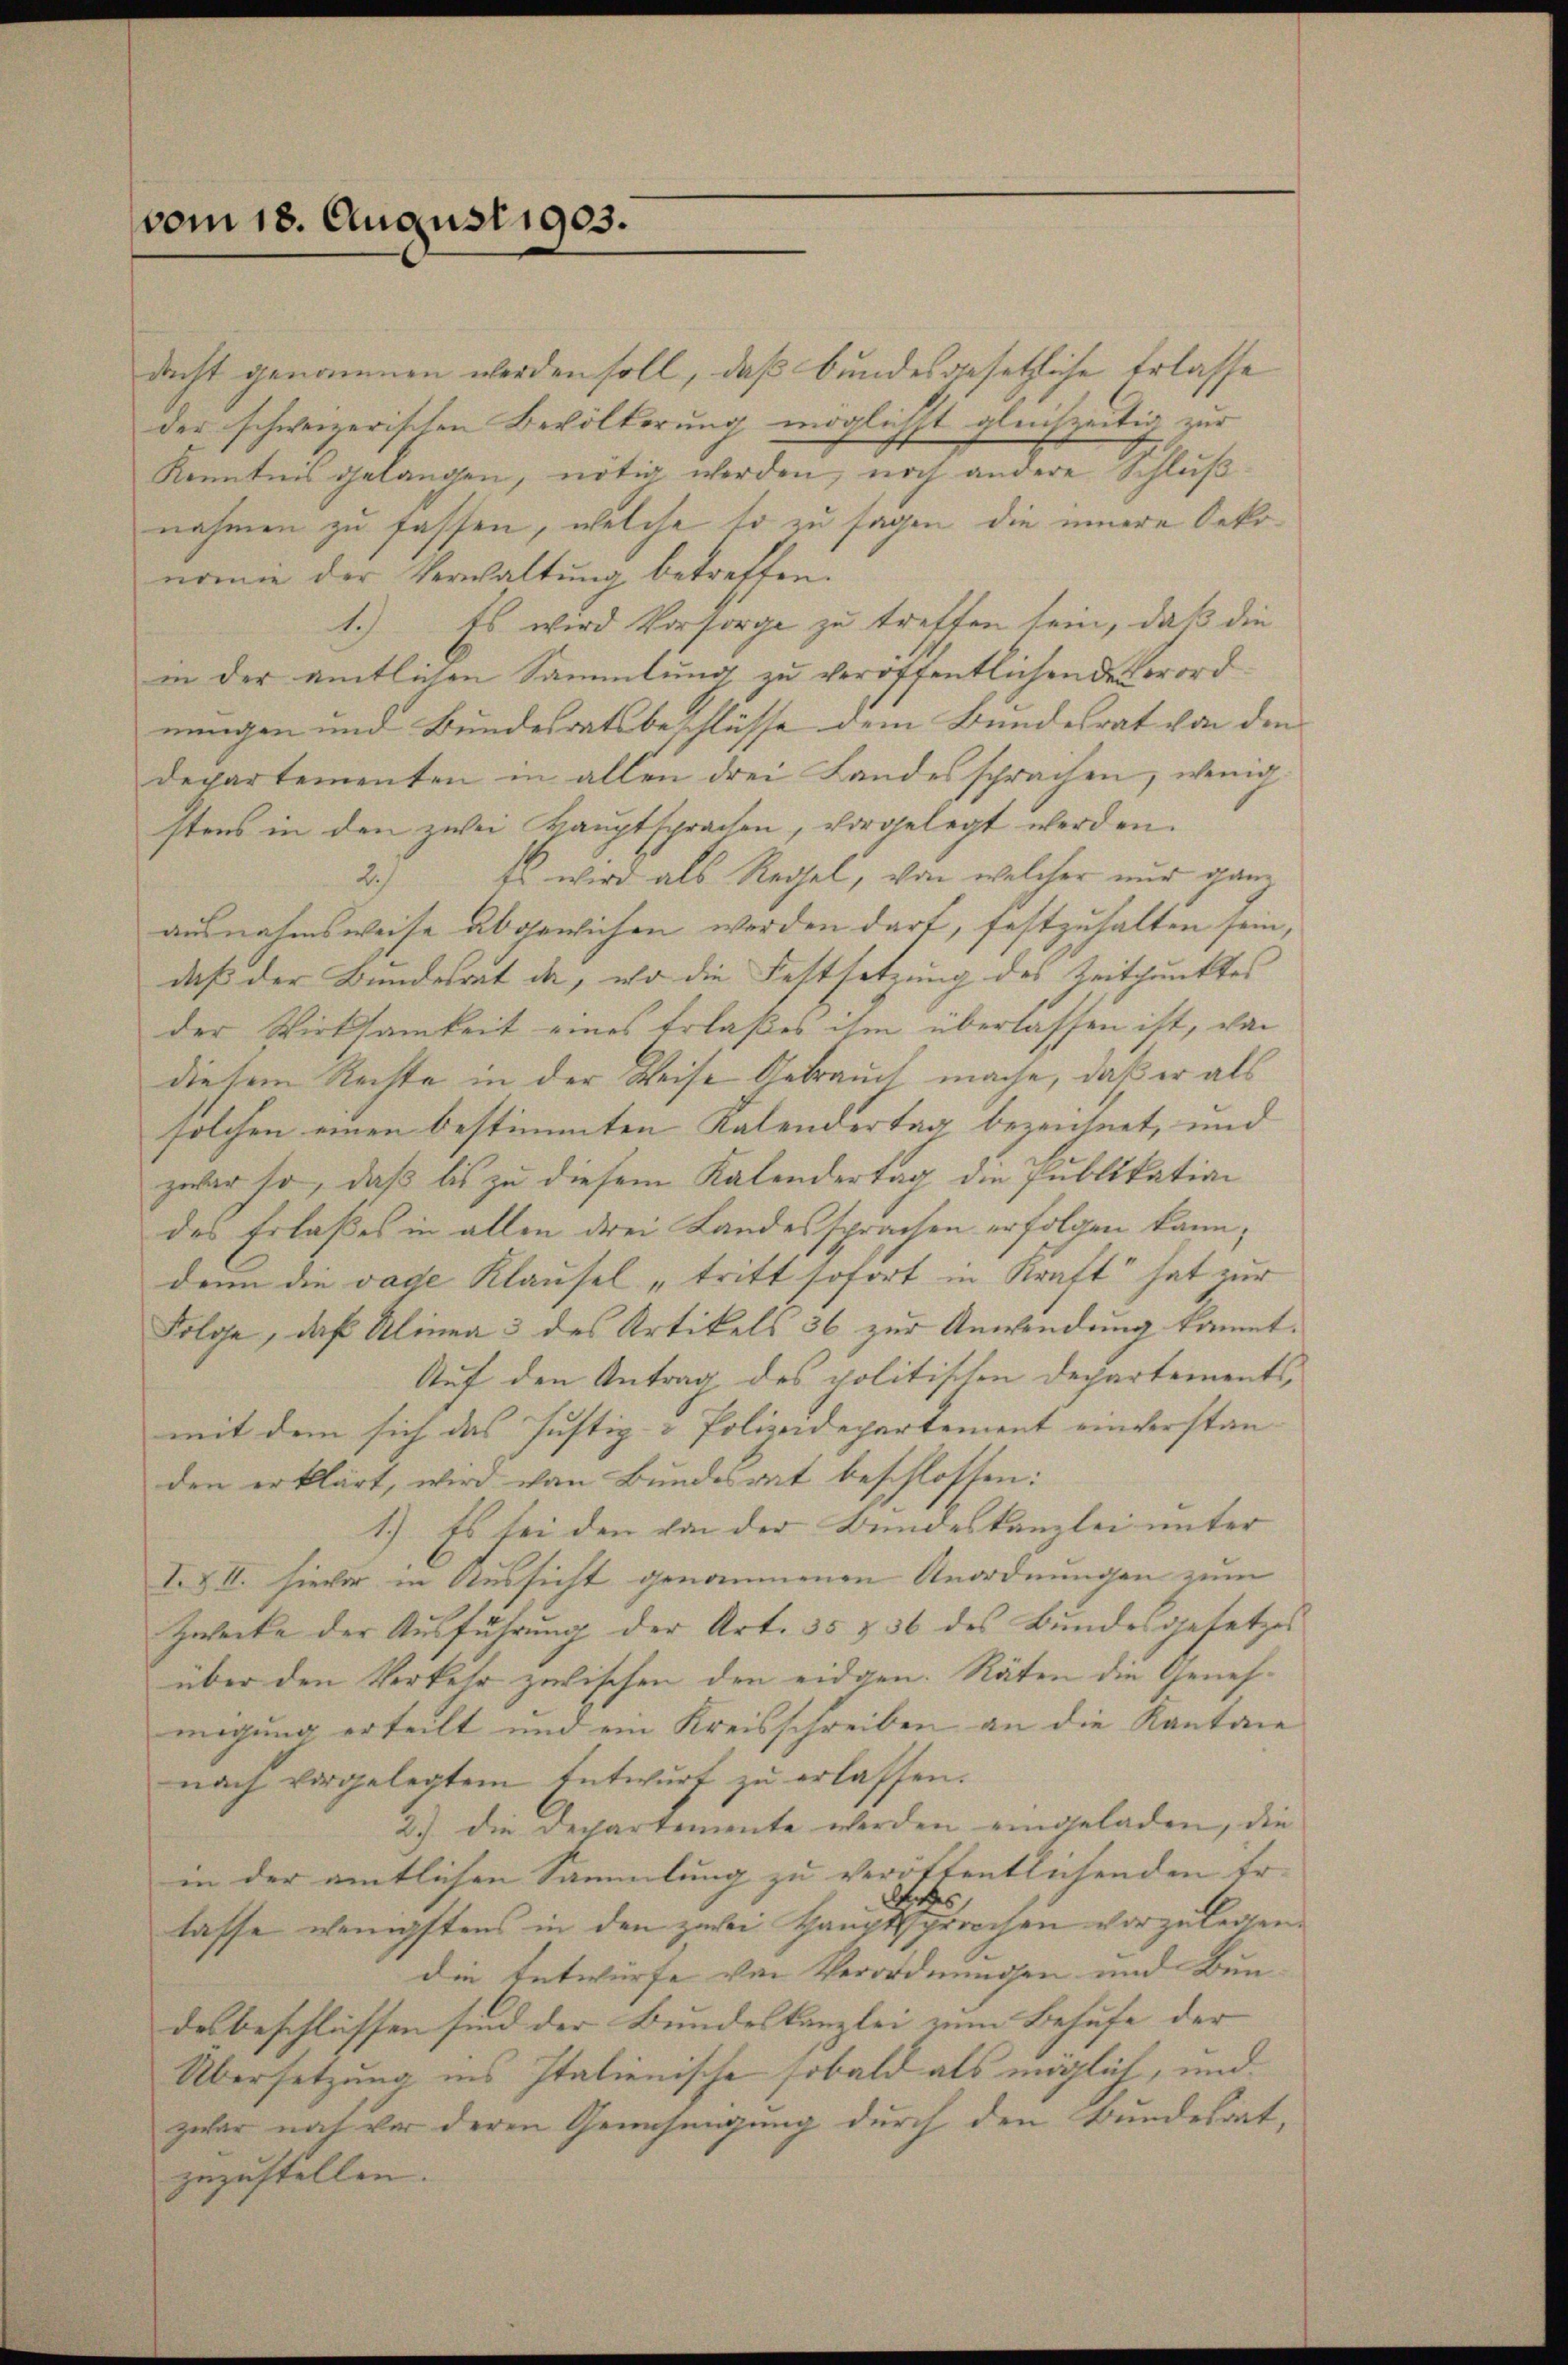
vom 18. August 1903.

dacht genommen werden soll, daß bundesgesetzliche Erlasse
der schweizerischen Bevölkerung möglichst gleichzeitig zur
Kenntnis gelangen, nötig werden, noch andere Schlußnahmen zu fassen, welche so zu sagen, die innere Oekonomie der Verwaltung betreffen.
1.) Es wird Vorsorge zu treffen sein, daß die
in der amtlichen Sammlung zu veröffentlichenden word
nungen und Bundesratsbeschlüsse dem Bundesrat von den
departementen in allen drei Landes sprachen, wenig
stens in den zwei Hauptsprachen, vorgelegt werden.
2.) Es wird als Regel, von welcher nur ganz
ausnahmsweise abgewichen werden dart, festzuhalten sein,
daß der Bundesrat da, wo die Festsetzung des Zeitpunktes
der Wirksamkeit eines Erlaßes ihm überlassen ist, von
diesem Rechte in der Weise Gebrauch mache, daß er als
solchen einen bestimmten Kalendertag bezeichnet, und
zwar so, daß bis zu diesem Kalendertag die Publikation
das Erlaßes in allen drei Landessprachen erfolgen kann;
denn die vage Klausel tritt sofort in Kraft“ hat zur
Folge, daß Alinea 3 des Artikels 36 zur Anwendung kommt.
Auf den Antrag des politischen Departements-
mit dem sich das Justiz-Polizeidepartement einverstan- |
den erklärt, wird von Bundesrat beschlossen:
1.) Es bei den von der Bundeskanzlei unter
I.XII. Hievor in Aussicht genommenen Anordnungen zum
Zwecke der Ausführung der Art. 35 & 36 des Bundesgesetzes
über den Verkehr zwischen den eidgen. Räten die Genehmigung erteilt und ein Kreisschreiben an die Kanton
nach vorgelegtem Entwurf zu erlassen.
2.) die Departemente werden eingeladen, die
in der amtlichen Sammlung zu veröffentlichenden Er- |
lasse wenigstens in den zwei Hauptete es erwachen vorzulegen.
die Entwürfe von Verordnungen und Bun-
des beschlüssen sind der Bundeskanzlei zum Behufe der |
Übersetzung ins Italienische sobald als möglich, und
zuhar noch vor deren Genehmigung durch den Bundesrat,
zuzustellen. |